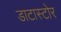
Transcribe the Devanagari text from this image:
डाटास्टोर